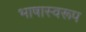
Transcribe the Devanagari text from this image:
भाषास्वरूप